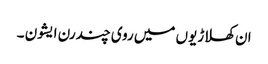
ان کھلاڑیوں میں روی چندرن ایشون ۔